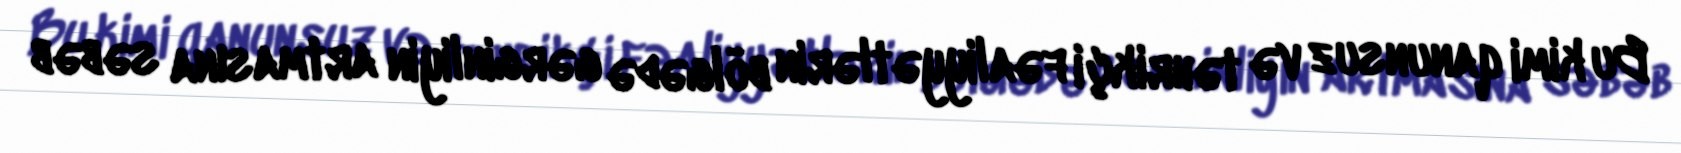
Bu kimi qanunsuz və təhrikçi fəaliyyətlərin bölgədə gərginliyin artmasına səbəb